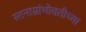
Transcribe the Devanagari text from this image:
स्तनाग्रांभोवतीच्या